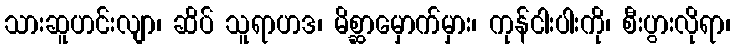
သားဆူဟင်းလျာ၊ ဆိပ် သူရာဟဒ၊ မိစ္ဆာမှောက်မှား၊ ကုန်ငါးပါးကို၊ စီးပွားလိုရာ၊